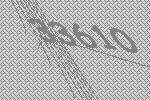
33610